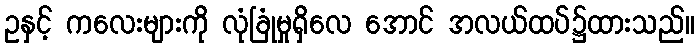
ဥနှင့် ကလေးများကို လုံခြုံမှုရှိလေ အောင် အလယ်ထပ်၌ထားသည်။